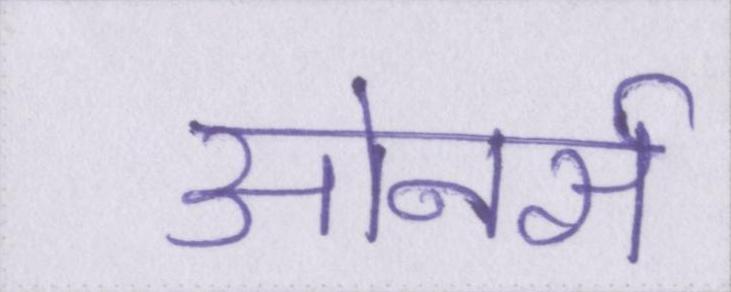
ओनर्स